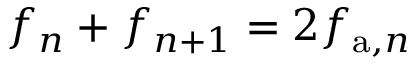
f _ { n } + f _ { n + 1 } = 2 f _ { \mathrm { a } , n }